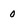
Character: 0